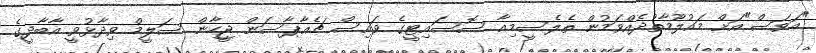
"އަވަސް"އަށް މައުލޫމާތުދެއްވަމުން ތެލެސީމިއާ ސޮސައިޓީގެ ވައިސް ޗެއާޕާސަން ޖީހާން ސަލީމް ވިދާޅުވީ އާބާދީގެ